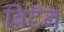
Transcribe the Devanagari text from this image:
ब्रिटॅन